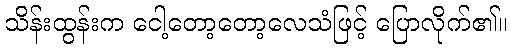
သိန်းထွန်းက ငေါ့တော့တော့လေသံဖြင့် ပြောလိုက်၏။